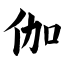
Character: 伽